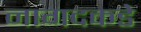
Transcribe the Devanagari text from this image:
नागदकडे